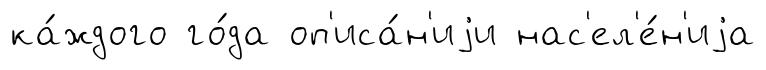
ка́ждого го́да оп'иса́н'иjи нас'ел'е́н'иjа